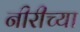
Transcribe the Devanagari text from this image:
नीरीच्या